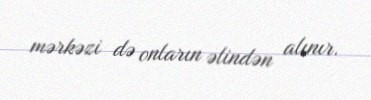
mərkəzi də onların əlindən alınır.